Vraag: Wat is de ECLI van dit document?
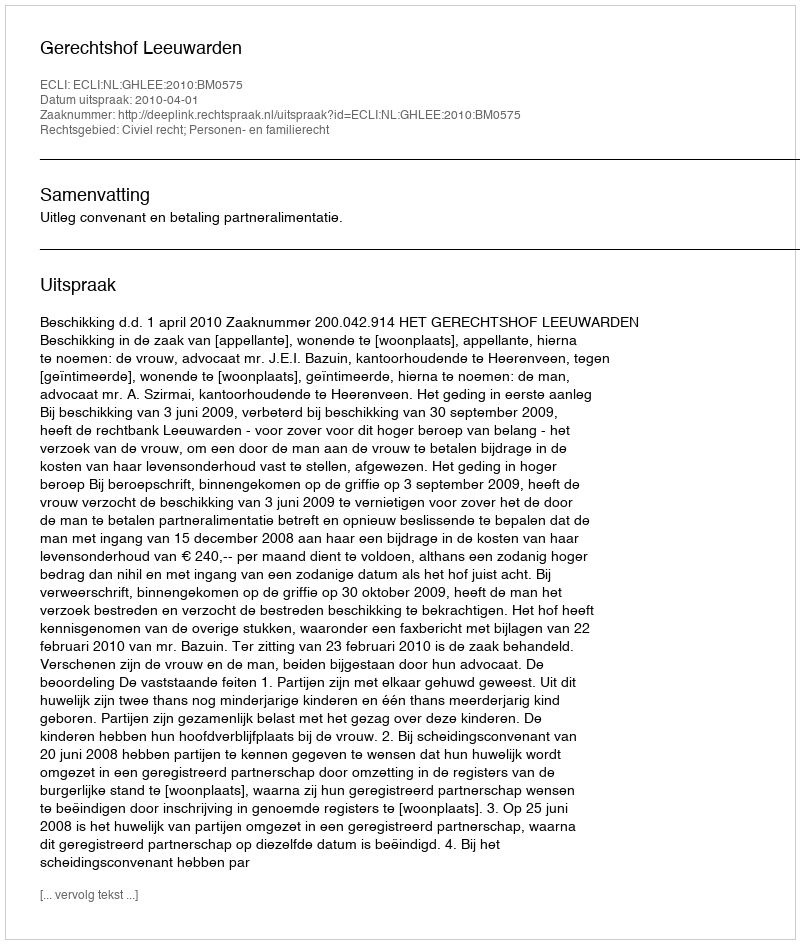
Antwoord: ECLI:NL:GHLEE:2010:BM0575